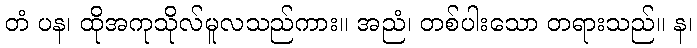
တံ ပန၊ ထိုအကုသိုလ်မူလသည်ကား။ အညံ၊ တစ်ပါးသော တရားသည်။ န၊